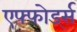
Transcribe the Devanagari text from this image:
एफ्फोर्ड्स